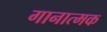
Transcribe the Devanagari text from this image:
गानात्मक